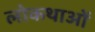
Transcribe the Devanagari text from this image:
लोकथाओं